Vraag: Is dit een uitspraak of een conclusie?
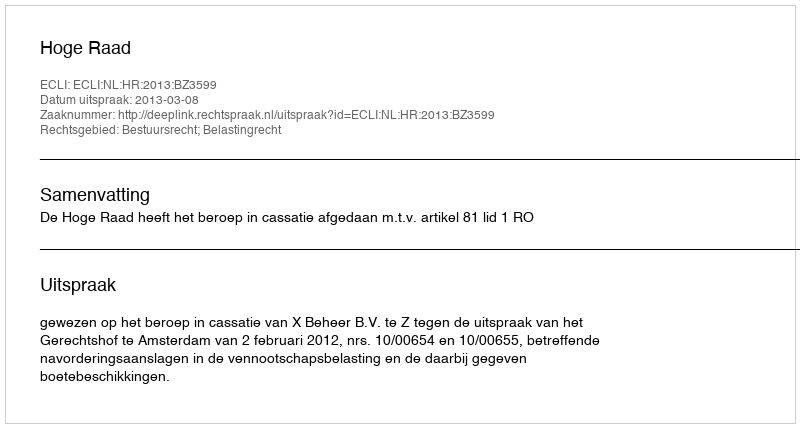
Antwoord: Uitspraak